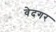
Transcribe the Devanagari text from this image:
वेदगर